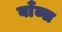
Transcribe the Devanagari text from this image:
बाँब्स